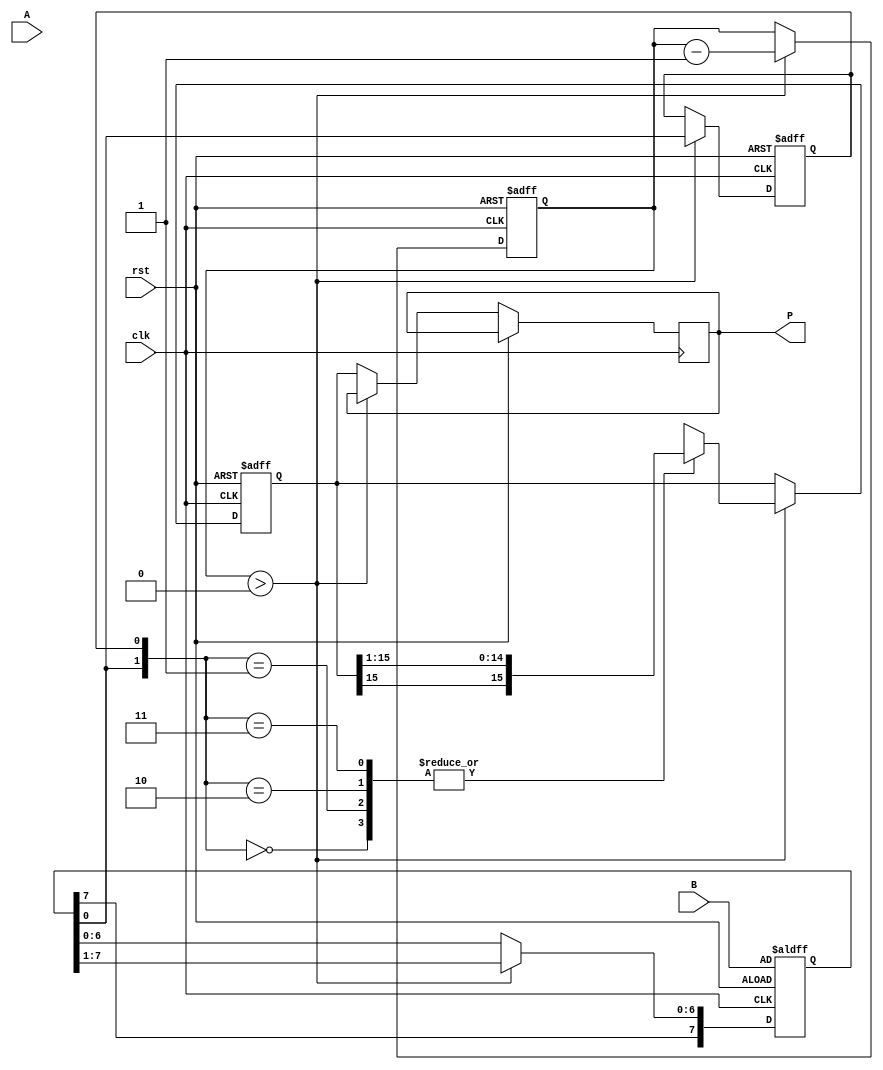
module booth_multiplier #(parameter WIDTH = 8) (
    input signed [WIDTH-1:0] A,     // Multiplicand
    input signed [WIDTH-1:0] B,     // Multiplier
    input clk,                      // Clock signal
    input rst,                      // Reset signal
    output reg signed [2*WIDTH-1:0] P // Product
);

    reg signed [WIDTH-1:0] A_reg;        // Register for multiplicand
    reg signed [WIDTH-1:0] B_reg;        // Register for multiplier
    reg signed [2*WIDTH-1:0] P_reg;      // Register for product
    reg [WIDTH-1:0] count;               // Count of bits processed
    reg Q_1;                              // Previous bit of multiplier

    always @(posedge clk or posedge rst) begin
        if (rst) begin
            // Reset all registers
            A_reg <= A;
            B_reg <= B;
            P_reg <= 0;
            Q_1 <= 0;
            count <= WIDTH; // Assume WIDTH is the number of bits
        end else begin
            if (count > 0) begin
                case ({B_reg[0], Q_1})
                    2'b00: begin
                        // No action, just shift
                        P_reg <= P_reg >>> 1; // Arithmetic right shift
                    end
                    2'b01: begin
                        // Add multiplicand to product
                        P_reg <= P_reg + A_reg;
                        P_reg <= P_reg >>> 1; // Shift after addition
                    end
                    2'b10: begin
                        // Subtract multiplicand from product
                        P_reg <= P_reg - A_reg;
                        P_reg <= P_reg >>> 1; // Shift after subtraction
                    end
                    2'b11: begin
                        // No action, just shift
                        P_reg <= P_reg >>> 1; // Arithmetic right shift
                    end
                endcase

                // Right shift B and update Q-1
                B_reg <= B_reg >>> 1;
                Q_1 <= B_reg[0];
                count <= count - 1; // Decrement the bit counter
            end else begin
                P <= P_reg; // Final result
            end
        end
    end
endmodule